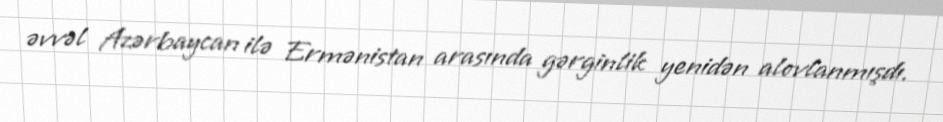
əvvəl Azərbaycan ilə Ermənistan arasında gərginlik yenidən alovlanmışdı.